Annual report of the Punjab Veterinary College and of the Civil Veterinary Department, Punjab - 1920-1925
Year: 1920
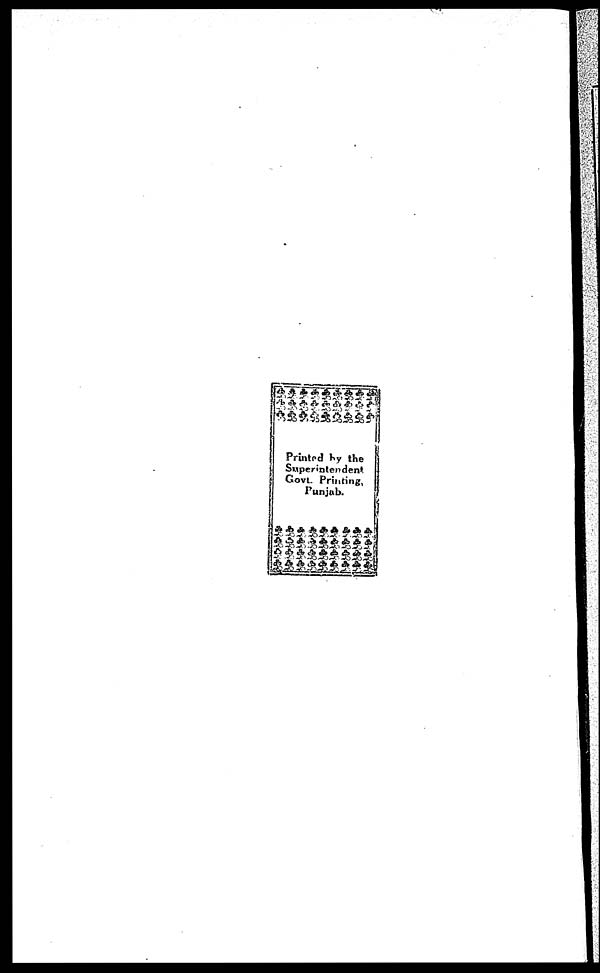
Printed by the
Superintendent
Govt. Printing,
Punjub.